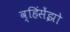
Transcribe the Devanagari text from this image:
व्हिंसेंझो